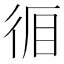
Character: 𭛪